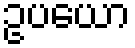
ဥပယော